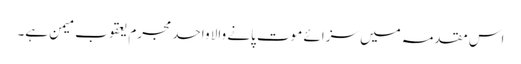
اس مقدمہ میں سزائے موت پانے والا واحد مجرم یعقوب میمن ہے۔